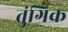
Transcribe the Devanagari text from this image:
तुंगिक